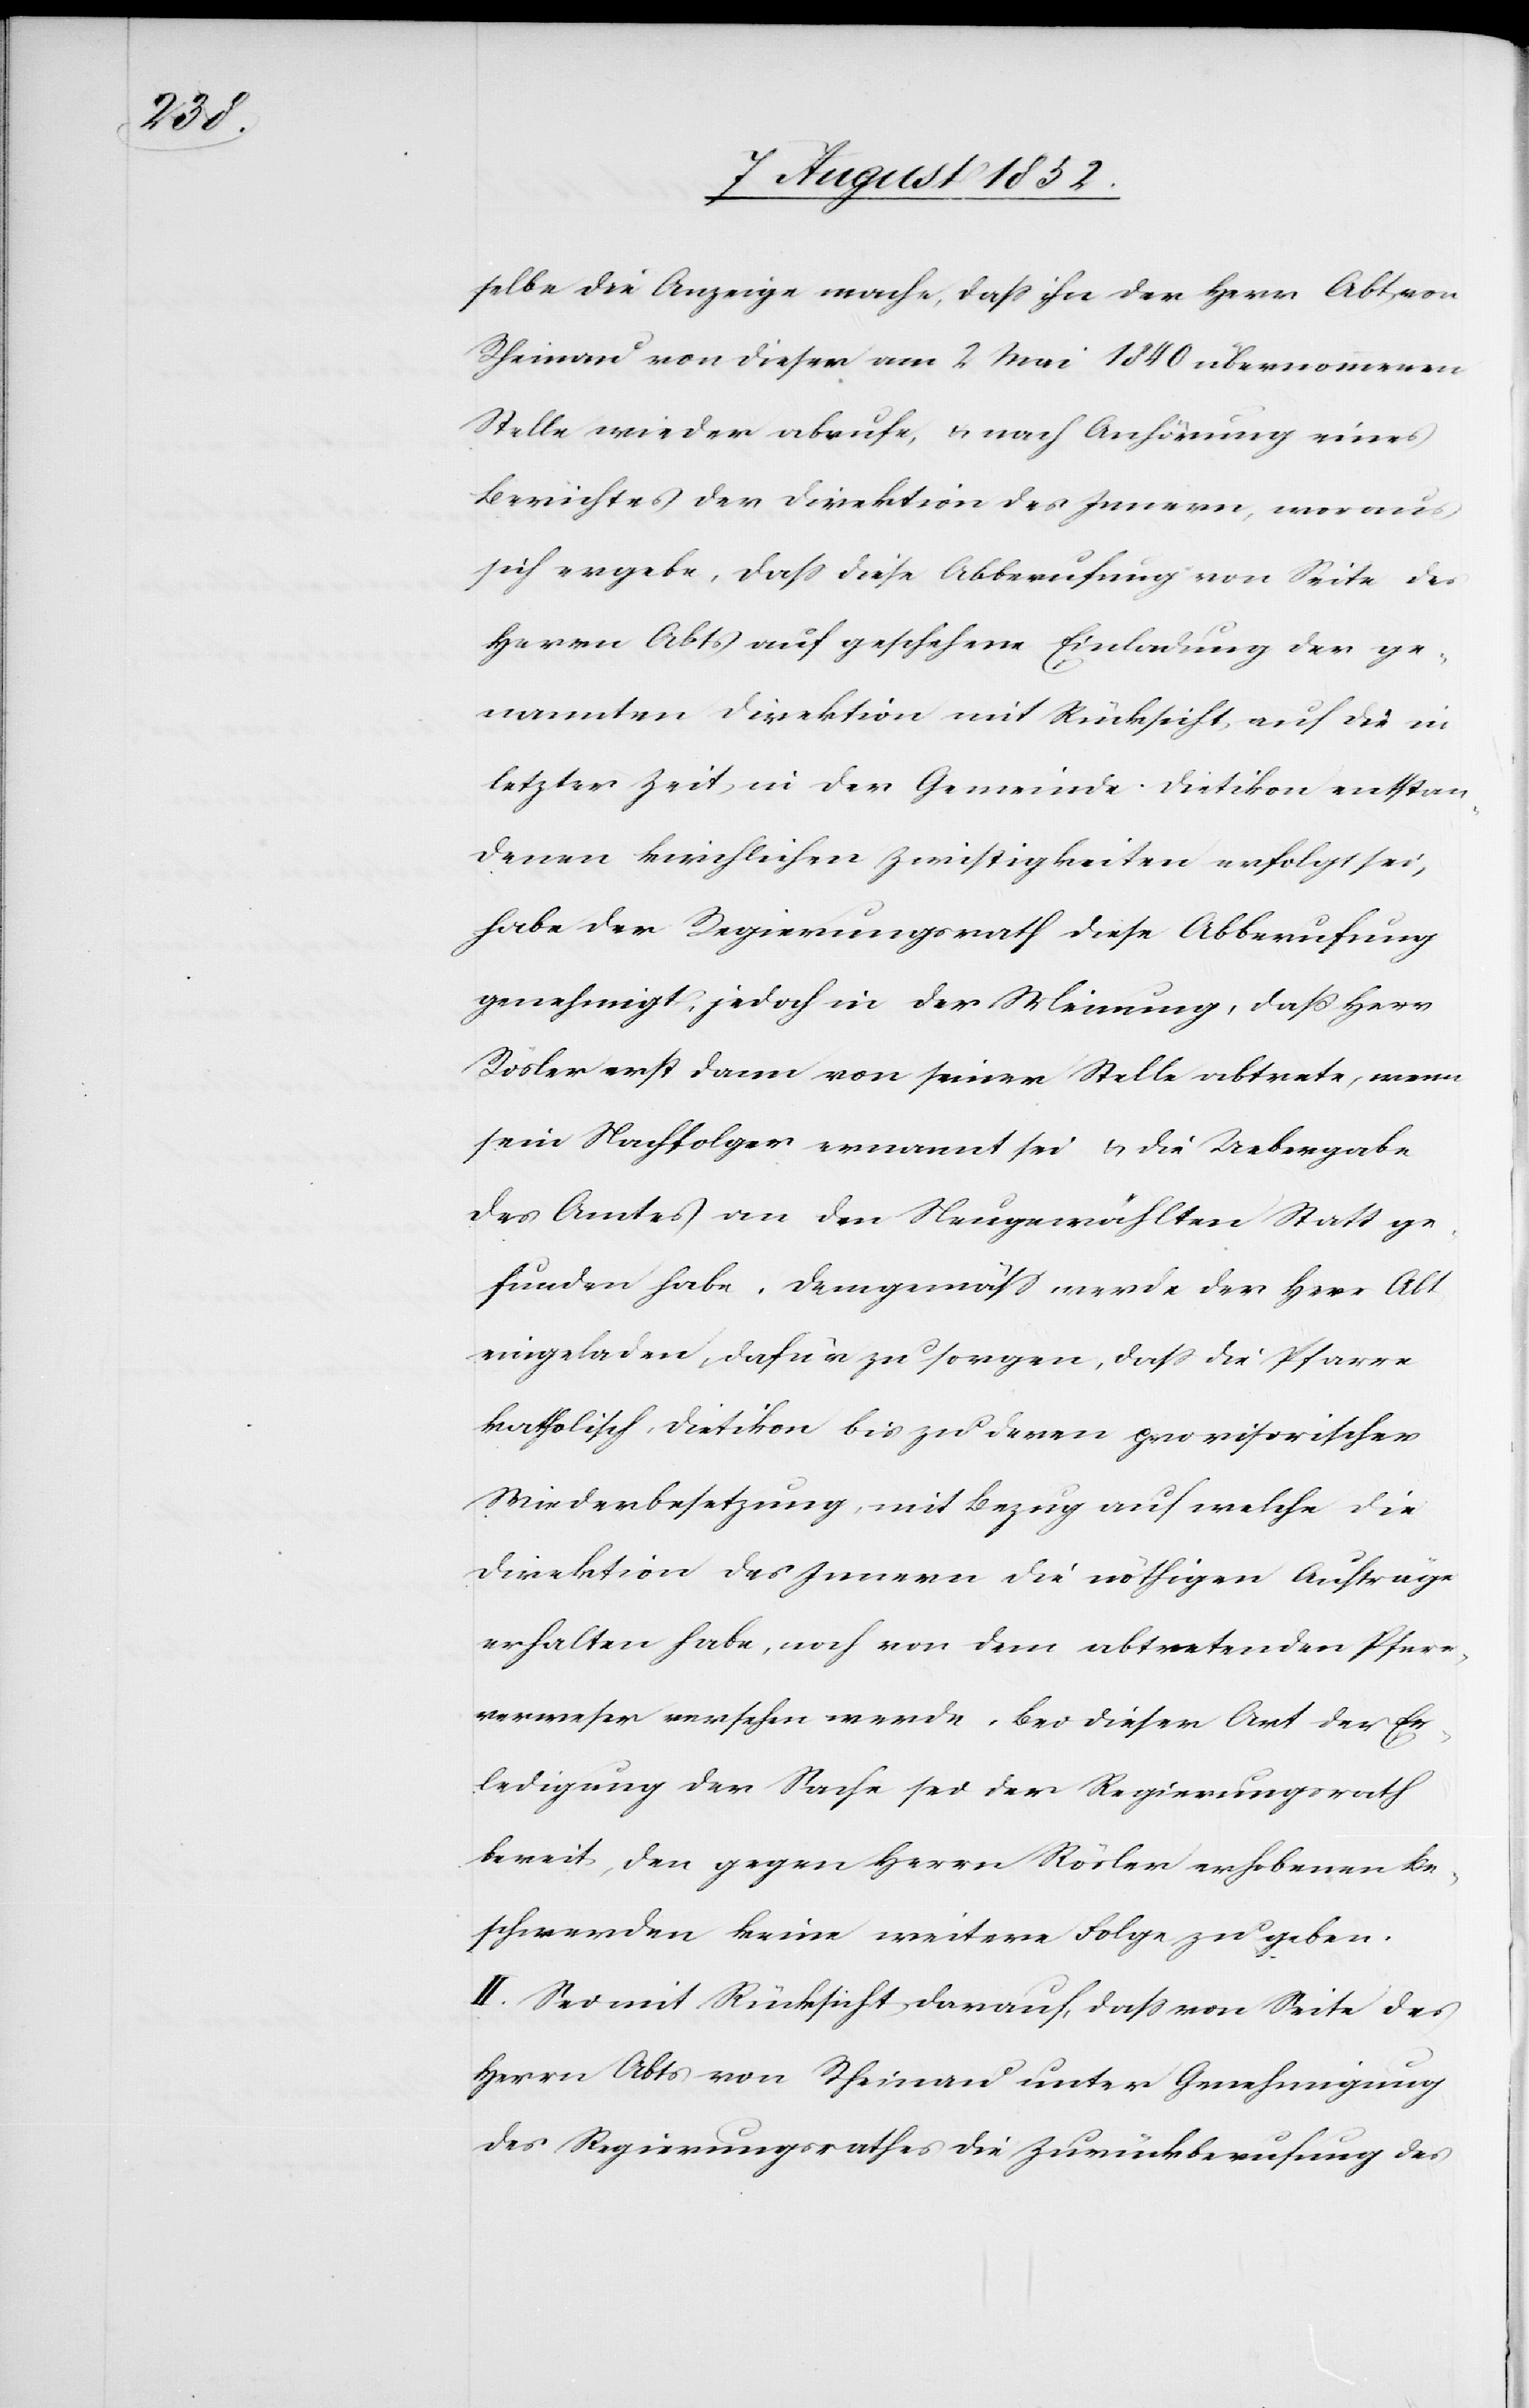
selbe die Anzeige mache, dass ihn der Herr Abt von
Rheinau von dieser am 2 Mai 1840 übernommenen
Stelle wieder abrufe, & nach Anhörung eines
Berichtes der Direktion des Innern, woraus
sich ergebe, dass diese Abberufung von Seite des
Herrn Abts auf geschehene Einladung der ge¬
nannten Direktion mit Rücksicht auf die in
letzter Zeit in der Gemeinde Dietikon entstan¬
denen kirchlichen Zwistigkeiten erfolgt sei,
habe der Regierungsrath diese Abberufung
genehmigt, jedoch in der Meinung, daß Herr
Rösler erst dann von seiner Stelle abtrete, wenn
sein Nachfolger ernannt sei & die Uebergabe
des Amtes an den Neugewählten Statt ge¬
funden habe. Demgemäss werde der Herr Abt
eingeladen, dafür zu sorgen, dass die Pfarre
katholisch Dietikon bis zu deren provisorischer
Wiederbesetzung, mit Bezug auf welche die
Direktion des Innern die nöthigen Aufträge
erhalten habe, noch von dem abtretenden Pfarr¬
verweser versehen werde. Bei dieser Art der Er¬
ledigung der Sache sei der Regierungsrath
bereit, den gegen Herrn Rösler erhobenen Be¬
schwerden keine weitere Folge zu geben.
II. Sei mit Rücksicht darauf, dass von Seite des
Herrn Abts von Rheinau unter Genehmigung
des Regierungsrathes die Zurückberufung des